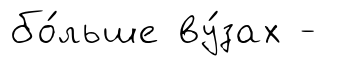
бо́льше ву́зах -